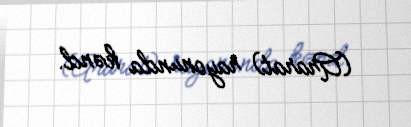
(Ararat) rayonunda kənd.